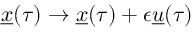
\underline { { x } } ( \tau ) \to \underline { { x } } ( \tau ) + \epsilon \underline { { u } } ( \tau )